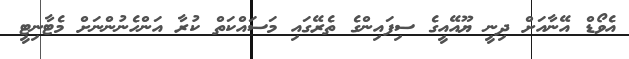
އެވޯޑް އޭނާއަށް ދިނީ ޔޫއޭއީގެ ސިފައިންގެ ތެރޭގައި މަސައްކަތް ކުރާ އަންހެނުންނަށް މެޓާނިޓީ